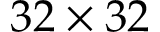
3 2 \times 3 2